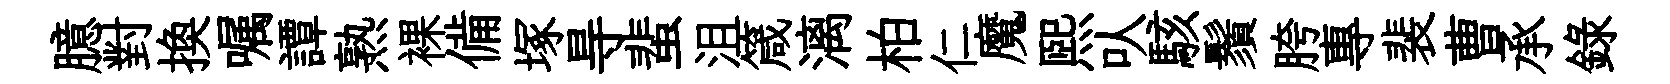
臆對换嘱譚熟裸備塚㝵蜚沮箴漓柏仁魔煕㕥駭鬚胯專裴曹承錄